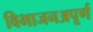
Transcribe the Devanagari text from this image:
विभाजनअपूर्ण